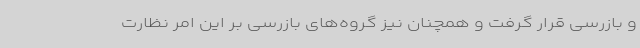
و بازرسی قرار گرفت و همچنان نیز گروه‌های بازرسی بر این امر نظارت